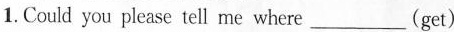
1. Could you please tell me where___(get)